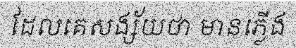
ដែលគេសង្ស័យថា មានភ្លើង